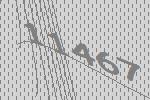
11467